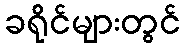
ခရိုင်များတွင်